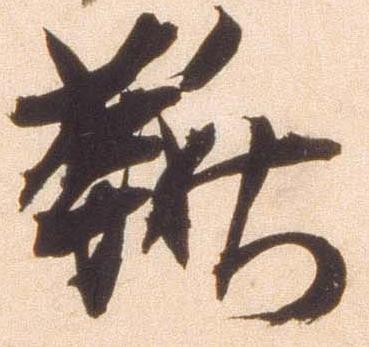
鞦